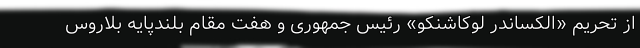
از تحریم «الکساندر لوکاشنکو» رئیس جمهوری و هفت مقام بلندپایه بلاروس